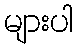
များပါ